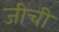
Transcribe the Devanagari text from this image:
जीची